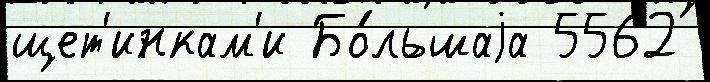
щет'инкам'и Бо́льшаjа 5562